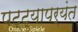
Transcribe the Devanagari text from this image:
पट्‍ट्यापर्यंत